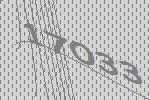
17033